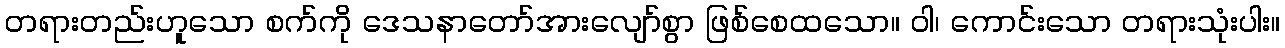
တရားတည်းဟူသော စက်ကို ဒေသနာတော်အားလျော်စွာ ဖြစ်စေထသော။ ဝါ၊ ကောင်းသော တရားသုံးပါး။